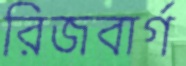
রিজবার্গ